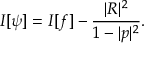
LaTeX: I [ \psi ] = I [ f ] - { \frac { | R | ^ { 2 } } { 1 - | p | ^ { 2 } } } .